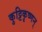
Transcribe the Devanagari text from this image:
कुट्टिकृष्णन्